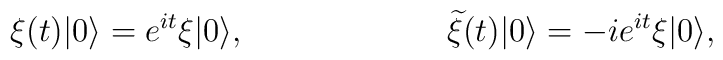
\xi(t)|0 \rangle = e^{it} \xi|0 \rangle,\hspace{1.0in}{\widetilde \xi}(t)|0 \rangle =-i e^{it} \xi|0 \rangle,